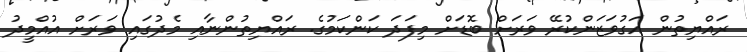
ރައްޔިތުން އަގުވަޒަންކުރޭ ވަރަށް ބޮޑަށް މިފަދަ ކަންކަމުގެ. ރައްޔިތުންނާއި މެދުގައި ވަރަށް އުއްމީދު